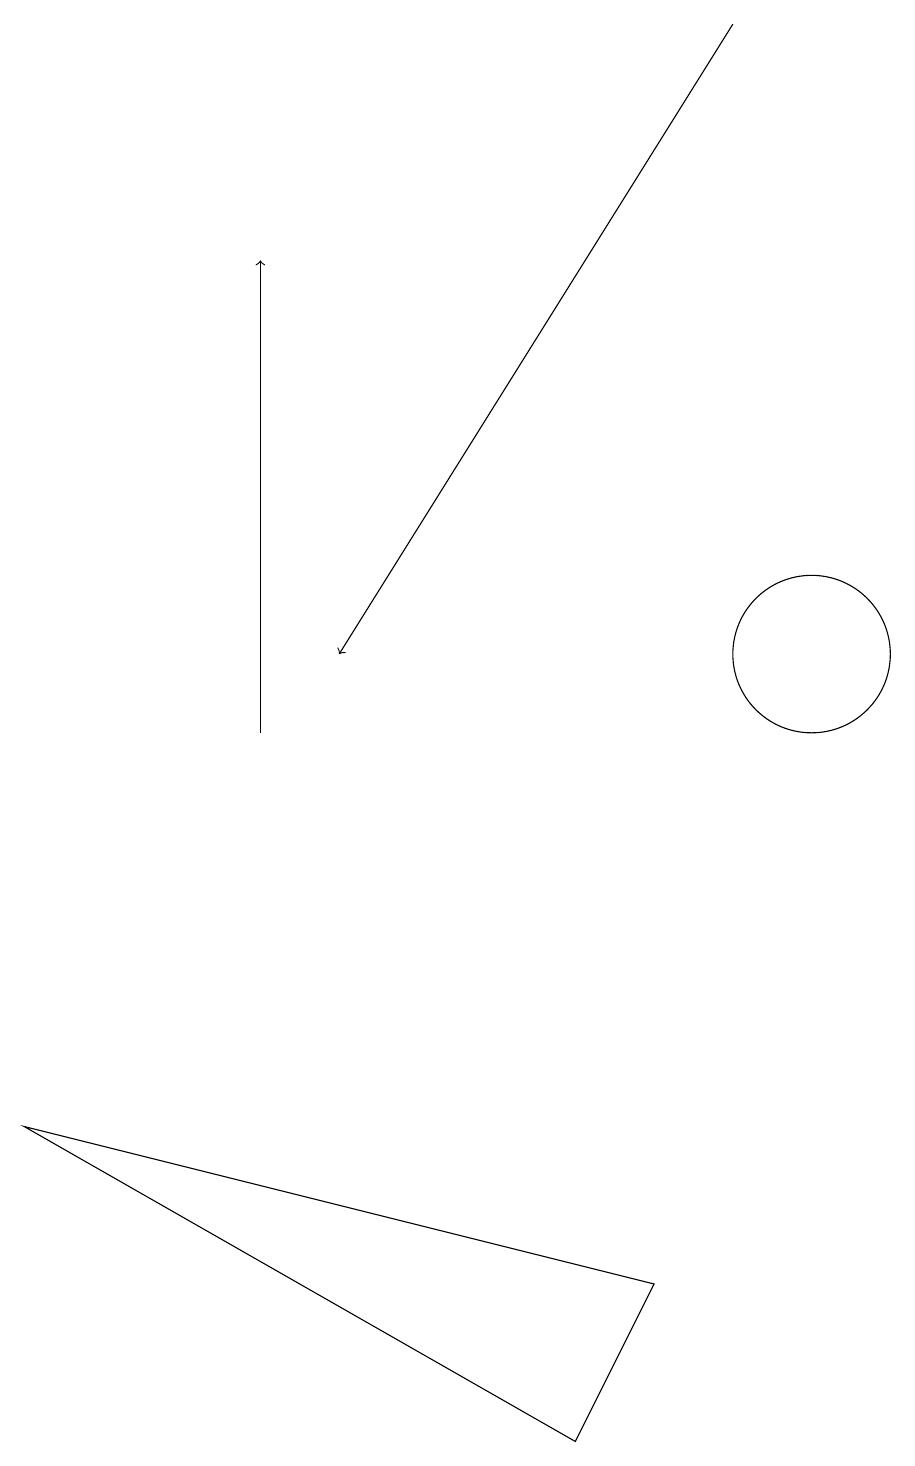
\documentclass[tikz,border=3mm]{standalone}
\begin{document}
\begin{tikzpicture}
\draw[->] (9,19) -- (4,11);
\draw (7,1) -- (8,3) -- (0,5) -- cycle;
\draw[->] (3,10) -- (3,16);
\draw (10,11) circle (1);
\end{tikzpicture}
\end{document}